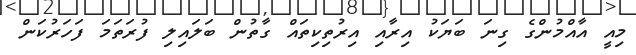
މިއީ އާއްމުންގެ ގިނަ ބަޔަކު އިރާއި އިރުތިކިތައް ގާތުން ބަލައިލި ފުރަތަމަ ފަހަރުކަން